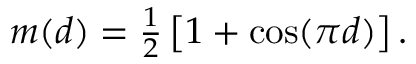
\begin{array} { r } { m ( d ) = \frac { 1 } { 2 } \left[ 1 + \cos ( \pi d ) \right] . } \end{array}